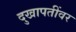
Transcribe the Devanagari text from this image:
दुखापतींवर